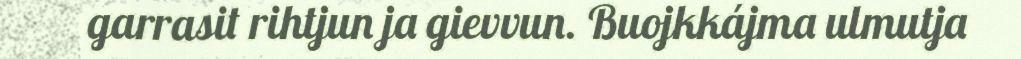
garrasit rihtjun ja gievvun. Buojkkájma ulmutja